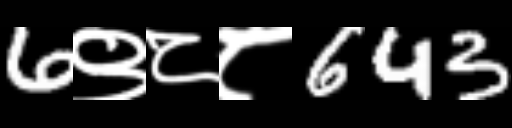
Text: 6९८८643